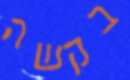
בקשה